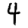
Digit: 4